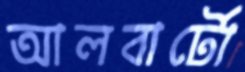
আলবার্টো